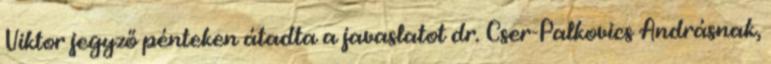
Viktor jegyző pénteken átadta a javaslatot dr. Cser-Palkovics Andrásnak,